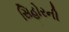
સિહોરની